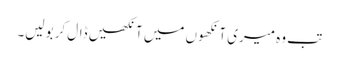
تب وہ میری آنکھوں میں آنکھیں ڈال کر بولیں۔